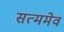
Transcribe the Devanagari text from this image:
सत्ममेव